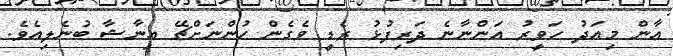
އާން މިއަދު ހަވީރު އަންނާނެ ދަރިފުޅު ރެޑީ ވެގެން ހުންނަށްޗޭ އިނާޝާ ބުނެލިއެެވެ.